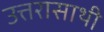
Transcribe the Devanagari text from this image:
उत्तरासाथी